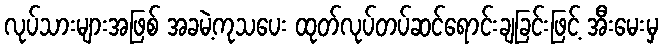
လုပ်သားများအဖြစ် အခမဲ့ကုသပေး ထုတ်လုပ်တပ်ဆင်ရောင်းချခြင်းဖြင့် အီးမေးမှ